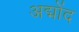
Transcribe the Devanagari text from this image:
अद्मोंद